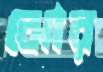
ঝোর